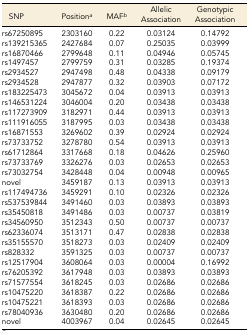
<table><thead><tr><td><b>SNP</b></td><td><b>Position<i><sup>a</sup></i></b></td><td><b>MAF<i><sup>b</sup></i></b></td><td><b>Allelic Association</b></td><td><b>Genotypic Association</b></td></tr></thead><tbody><tr><td>rs67250895</td><td>2303160</td><td>0.22</td><td>0.03124</td><td>0.14792</td></tr><tr><td>rs139215365</td><td>2427684</td><td>0.07</td><td>0.25035</td><td>0.03999</td></tr><tr><td>rs16870466</td><td>2799648</td><td>0.11</td><td>0.04946</td><td>0.05745</td></tr><tr><td>rs1497457</td><td>2799759</td><td>0.31</td><td>0.03285</td><td>0.19374</td></tr><tr><td>rs2934527</td><td>2947498</td><td>0.48</td><td>0.04338</td><td>0.09179</td></tr><tr><td>rs2934528</td><td>2947877</td><td>0.32</td><td>0.03903</td><td>0.07172</td></tr><tr><td>rs183225473</td><td>3045672</td><td>0.04</td><td>0.03913</td><td>0.03913</td></tr><tr><td>rs146531224</td><td>3046004</td><td>0.20</td><td>0.03438</td><td>0.03438</td></tr><tr><td>rs117273909</td><td>3182971</td><td>0.44</td><td>0.03913</td><td>0.03913</td></tr><tr><td>rs111916055</td><td>3187995</td><td>0.03</td><td>0.03438</td><td>0.03438</td></tr><tr><td>rs16871553</td><td>3269602</td><td>0.39</td><td>0.02924</td><td>0.02924</td></tr><tr><td>rs73733752</td><td>3278780</td><td>0.54</td><td>0.03913</td><td>0.03913</td></tr><tr><td>rs61712864</td><td>3317668</td><td>0.18</td><td>0.04626</td><td>0.25960</td></tr><tr><td>rs73733769</td><td>3326276</td><td>0.03</td><td>0.02653</td><td>0.02653</td></tr><tr><td>rs73032754</td><td>3428448</td><td>0.04</td><td>0.00948</td><td>0.00965</td></tr><tr><td>novel</td><td>3459187</td><td>0.13</td><td>0.03913</td><td>0.03913</td></tr><tr><td>rs117494736</td><td>3459291</td><td>0.10</td><td>0.02326</td><td>0.02326</td></tr><tr><td>rs537539844</td><td>3491460</td><td>0.03</td><td>0.03893</td><td>0.03893</td></tr><tr><td>rs35450818</td><td>3491486</td><td>0.03</td><td>0.00737</td><td>0.03819</td></tr><tr><td>rs34560950</td><td>3512343</td><td>0.50</td><td>0.00737</td><td>0.00737</td></tr><tr><td>rs62336074</td><td>3513171</td><td>0.47</td><td>0.02838</td><td>0.02838</td></tr><tr><td>rs35155570</td><td>3518273</td><td>0.03</td><td>0.02409</td><td>0.02409</td></tr><tr><td>rs828332</td><td>3591325</td><td>0.03</td><td>0.00737</td><td>0.00737</td></tr><tr><td>rs12517904</td><td>3608064</td><td>0.03</td><td>0.00004</td><td>0.16992</td></tr><tr><td>rs76205392</td><td>3617948</td><td>0.03</td><td>0.03893</td><td>0.03893</td></tr><tr><td>rs71577554</td><td>3618245</td><td>0.03</td><td>0.02686</td><td>0.02686</td></tr><tr><td>rs10475220</td><td>3618387</td><td>0.22</td><td>0.02686</td><td>0.02686</td></tr><tr><td>rs10475221</td><td>3618393</td><td>0.03</td><td>0.02686</td><td>0.02686</td></tr><tr><td>rs78040936</td><td>3630480</td><td>0.20</td><td>0.02686</td><td>0.02686</td></tr><tr><td>novel</td><td>4003967</td><td>0.04</td><td>0.02645</td><td>0.02645</td></tr></tbody></table>